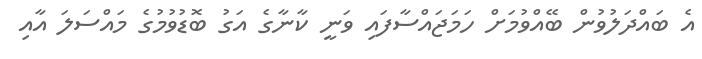
އެ ބައްދަލުވުން ބޭއްވުމަށް ހަމަޖައްސާފައި ވަނީ ކާނާގެ އަގު ބޮޑުވުމުގެ މައްސަލަ އާއި